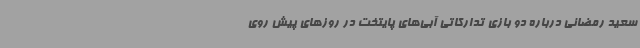
سعید رمضانی درباره دو بازی تدارکاتی آبی‌های پایتخت در روزهای پیش روی